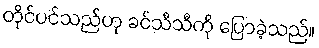
တိုင်ပင်သည်ဟု ခင်သီသီကို ပြောခဲ့သည်။